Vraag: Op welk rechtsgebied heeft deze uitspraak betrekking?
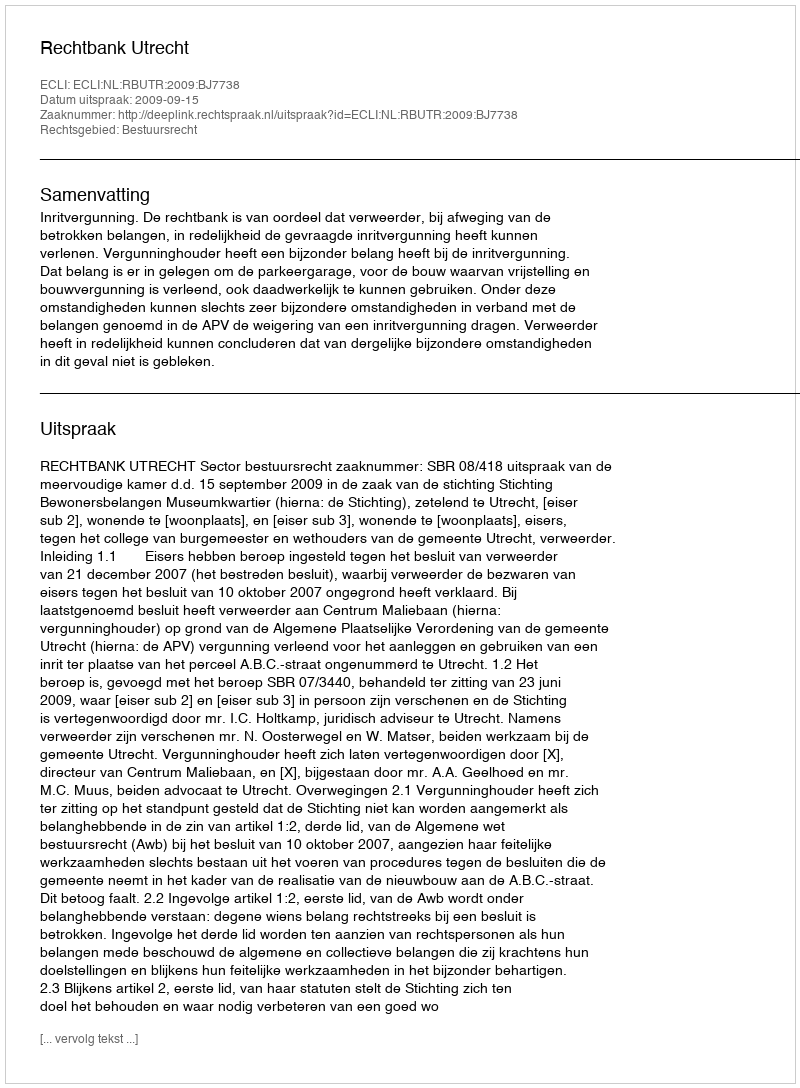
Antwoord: Bestuursrecht